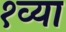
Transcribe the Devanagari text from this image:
१व्या